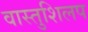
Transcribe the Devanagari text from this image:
वास्तुशिलप